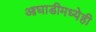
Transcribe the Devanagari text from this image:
आघाडीमध्येही